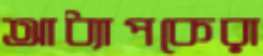
আধ্যাপকেরা